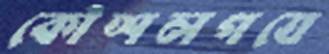
কৌশলপত্রে